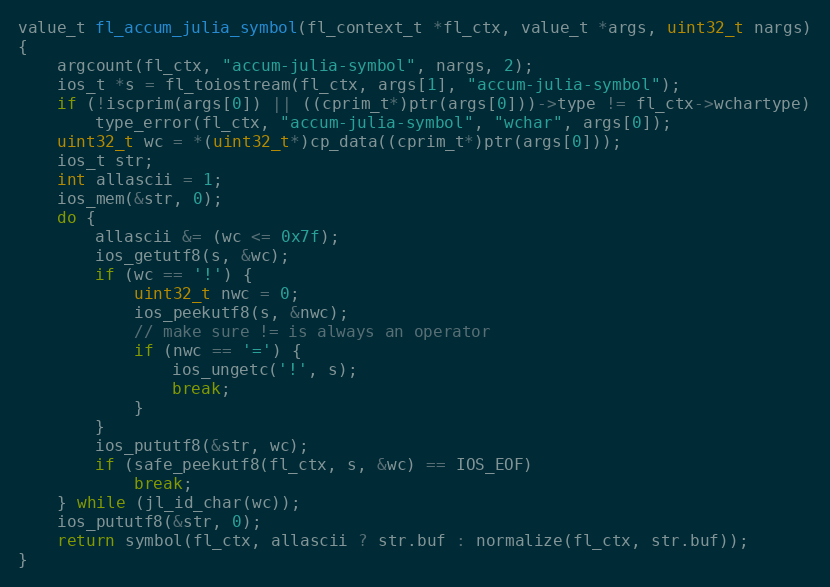
Language: C
value_t fl_accum_julia_symbol(fl_context_t *fl_ctx, value_t *args, uint32_t nargs)
{
    argcount(fl_ctx, "accum-julia-symbol", nargs, 2);
    ios_t *s = fl_toiostream(fl_ctx, args[1], "accum-julia-symbol");
    if (!iscprim(args[0]) || ((cprim_t*)ptr(args[0]))->type != fl_ctx->wchartype)
        type_error(fl_ctx, "accum-julia-symbol", "wchar", args[0]);
    uint32_t wc = *(uint32_t*)cp_data((cprim_t*)ptr(args[0]));
    ios_t str;
    int allascii = 1;
    ios_mem(&str, 0);
    do {
        allascii &= (wc <= 0x7f);
        ios_getutf8(s, &wc);
        if (wc == '!') {
            uint32_t nwc = 0;
            ios_peekutf8(s, &nwc);
            // make sure != is always an operator
            if (nwc == '=') {
                ios_ungetc('!', s);
                break;
            }
        }
        ios_pututf8(&str, wc);
        if (safe_peekutf8(fl_ctx, s, &wc) == IOS_EOF)
            break;
    } while (jl_id_char(wc));
    ios_pututf8(&str, 0);
    return symbol(fl_ctx, allascii ? str.buf : normalize(fl_ctx, str.buf));
}